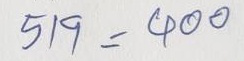
519 = 400